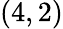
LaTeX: (4,2)